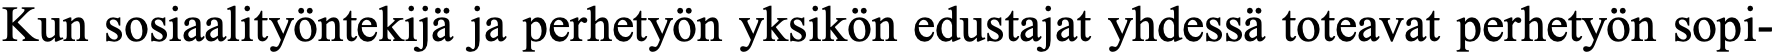
Kun sosiaalityöntekijä ja perhetyön yksikön edustajat yhdessä toteavat perhetyön sopi-